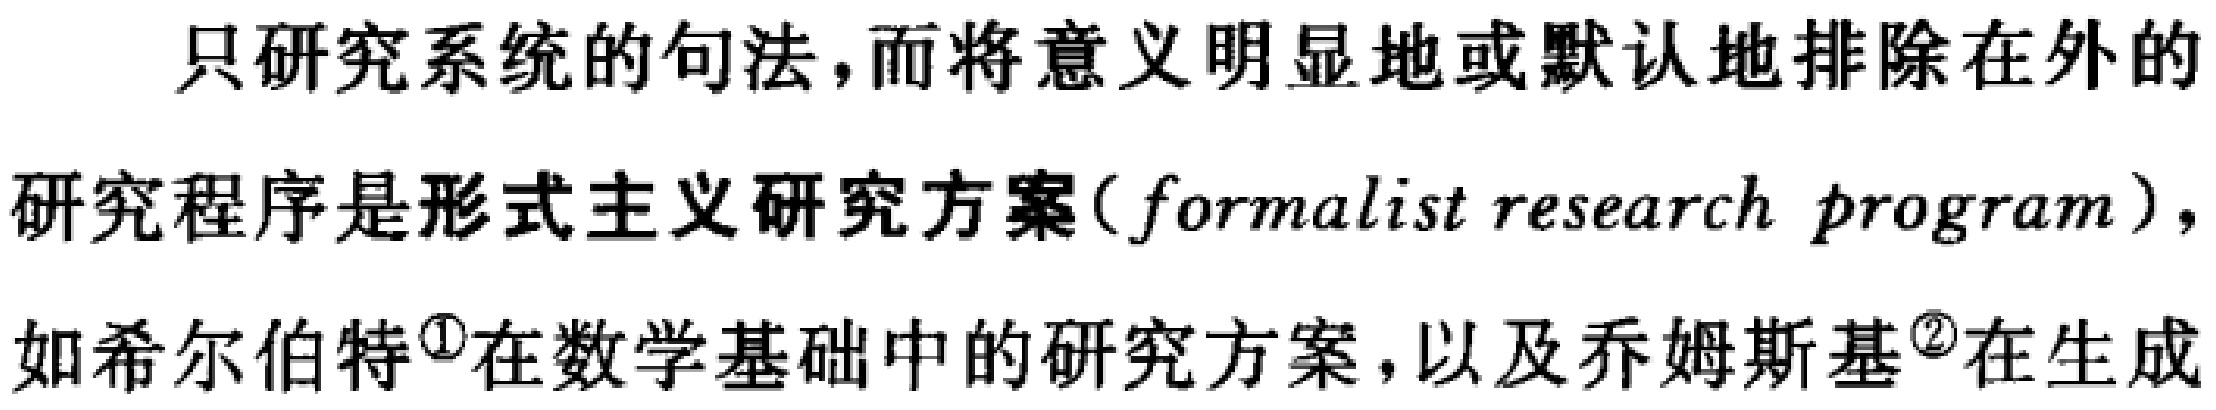
只研究系统的句法，而将意义明显地或默认地排除在外的研究程序是形式主义研究方案(\(formalist\ research\ program\))，如希尔伯特\(^{\textcircled{1}}\)在数学基础中的研究方案，以及乔姆斯基\(^{\textcircled{2}}\)在生成